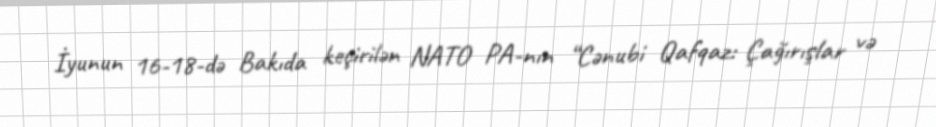
İyunun 16-18-də Bakıda keçirilən NATO PA-nın “Cənubi Qafqaz: Çağırışlar və